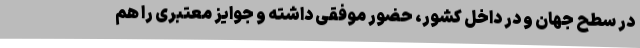
در سطح جهان و در داخل کشور، حضور موفقی داشته و جوايز معتبری را هم